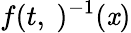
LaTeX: f(t,\ )^{-1}(\mathit{x})